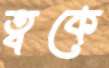
ত্বকে